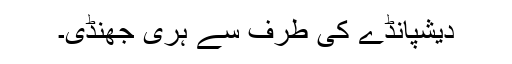
دیشپانڈے کی طرف سے ہری جھنڈی۔